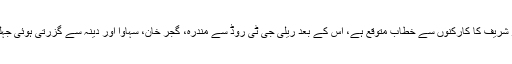
مریڑچوک، کچہری چوک سے ریلی ٹی چوک جائے گی اور وہاں سے روات سٹی پہنچے گی جہاں پر بھی نواز شریف کا کارکنوں سے خطاب متوقع ہے، اس کے بعد ریلی جی ٹی روڈ سے مندرہ، گجر خان، سہاوا اور دینہ سے گزرتی ہوئی جہلم پہنچےگی، جہاں نواز شریف کارکنوں سے خطاب کریں گے اورپھر سرائے عالمگیر میں رات قیام کریں گے۔